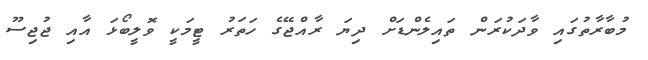
މުބާރާތުގައި ވާދަކުރަން ތައިލެންޑަށް ދިޔަ ރާއްޖޭގެ ހަތަރު ޓީމަކީ ވޮލީބޯޅަ އާއި ޖުޖިސޫ